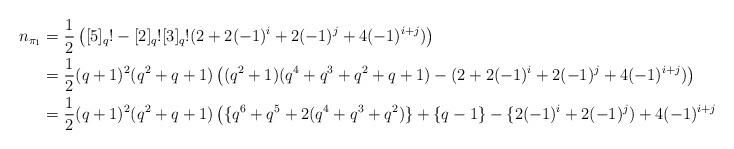
LaTeX: \begin{align*}n_{\pi_1}&=\frac{1}{2}\left([5]_q!-[2]_q![3]_q!(2+2(-1)^i+2(-1)^j+4(-1)^{i+j}) \right)\\&=\frac{1}{2}(q+1)^2(q^2+q+1)\left((q^2+1)(q^4+q^3+q^2+q+1)-(2+2(-1)^i+2(-1)^j+4(-1)^{i+j}) \right)\\&=\frac{1}{2}(q+1)^2(q^2+q+1)\left(\{q^6+q^5+2(q^4+q^3+q^2)\}+\{q-1\}-\{2(-1)^i+2(-1)^j)+4(-1)^{i+j}\} \right).\end{align*}